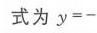
式为\(y = -\)